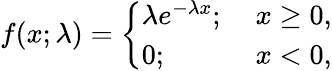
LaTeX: \begin{array}{lcl}{f(x;\lambda)=\left\{ \begin{array}{ll}{\lambda e^{-\lambda x};}&{~x\ge 0,}\\ {0;}&{~x<0,}\end{array}\right.}\end{array}